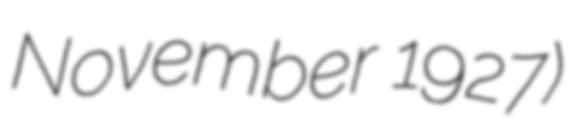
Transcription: November 1927)